Vaccination in Bombay 1869-1873 - 1869-1873
Year: 1869
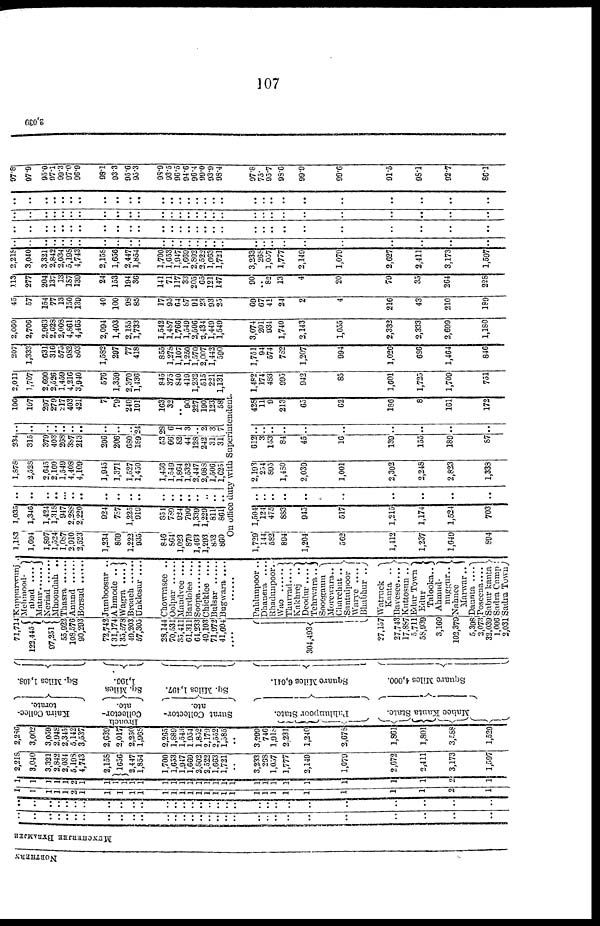
107
2,039
MUNCHERJEE BYRAMJEE
..
..
..
..
..
..
..
..
..
..
..
..
..
..
..
..
..
..
..
..
..
..
..
..
..
..
..
..
..
..
..
..
..
..
..
..
..
..
..
..
..
..
..
..
..
..
..
..
..
..
..
..
..
..
..
..
..
..
..
..
..
..
1
1
1
1
1
2
1
1
1 1
1
1
1
1
1
1
1
1
1
1
1
1
1
1
1
1
1
1
1
2
1
1
1
1
1
1
2
1
1
1
1
1
1
1
1
1
1
1
1
1
1
1
1
1
1
1
1
1
1
1
2
1
2,218
3,040
3,321
2,842
2,034
5,198
4,743
2,158
1656
2,447
1,854
1,700
1,653
1,947
1,669
2,802
2,522
l,663
1,721
..
3,233
268
1,057
1,777
2,149
1,079
2,672
2,411
3,173
1,597
2,286
3,002
3,059
2,948
2,345
5,142
3,537
2,639
2,017
2,250
1,968
2,265
1,889
1,543
1,954
1,852
2,179
2,552
1,585
..
3,299
746
1,918
2,231
1,240
2,678
1,861
1,801
3,588
1,529
Kaira Collec¬
torate.
Broach
Collector¬
ate.
Surat Collector¬
ate.
Pahlunpoor State.
State.
Kanta
Mahee
Sq. Miles 1,408.
Sq. Miles
1,100.
Sq. Miles 1,497.
Square Miles 6,041.
Square Miles 4,000.
71,714
122,445
97,251
55,922
108,576
90,293
72,742
31,174
35,578
49,203
57,305
28,144
70,531
35,411
61,311
64,233
49,103
71,972
41,604
....
304,493
27,157
27,743
17,887
5,711
58,939
3,109
102,379
5,398
2,073
32,039
1,006
2,031
Kuppurwunj .
Mehmood¬
abad ....
Matur
Neriad
Mhoondah ..
Thasra
Anund . . . . . .
Borsud
Jumboosur ..
Ahmode ..
Wagra ....
Broach
Unklesur ....
Chaowrasee ..
Oolpar
Mandvee ....
Bardolee ....
Soopa
Chicklee ....
Bulsar . . . . .
Bugwara ....
......
Pahlunpoor ..
Dhanera ....
Rhadunpoor. .
Wao...... Thurrad. . . .
Kakhrej
..
Deodur ....
Tehrwara..
Sooegaum
Morewara..
Charchut ..
Santulpoor
Warye ....
Bhabhur ..
Watruck
Kanta ..
Bavesee....
Kuttosun ..
Edur Town
Edur
Talooka..
Ahmud¬
nuggur..
Nahnee
Marwar..
Daunta ....
Poseena....
Sabur kanta
Sadra Camp
Sadra Town
1,183
1,694
1,897
1,524
1,087
2,910
2,523
1,234
869
1,222
935
846
864
1,023
879
1,463
1,293
852
860
1,035
1,346
1,424
1,318
947
2,288
2,220
924
787
1,225
919
854
789
924
790
1,339
1,229
811
861
..
..
..
..
..
..
..
..
..
..
..
..
..
..
..
..
..
..
..
1,878
2,528
2,645
2,160
1,549
4,408
4,109
1,945
1,371
1,527
1,450
1,456
1,549
1,864
1,532
2,447
2,088
1,506
1,625
234
315
379
403
268
387
213
206
206
680
189
53
66
82
44
128
242
31
31
..
..
..
..
..
..
..
..
..
.. 24
28
6
1
3
.. 2
3 7
106
197
297
279
217
403
421
7
79
240
191
163
32
.. 90
227
190
123
58
2,011
1,707
2,690
2,526
1,459
4,216
3,940
576
1,359
2,370
1,436
845
375
840
419
1,232
515
221
1,131
On office duty with Superintendent.
1,729
144
582
894
1,204
562
1,412
1,237
1,649
894
1,504
124
475
883
945
517
1,215
1,174
1,524
703
..
..
..
..
..
..
..
..
..
..
2,193
254
895
1,480
2,039
1,001
2,302
2,248
2,823
1,338
612
3
153
84
45
16
139
155
189
87
..
..
..
..
..
..
..
..
..
..
428
11
9
213
65
62
186
8
161
172
1,482
174
483
995
942
85
1,601
1,725
1,709
751
207
1,333
631
316
575
982
803
1,582
297
77
418
855
1,278
1,107
1,250
1,570
2,007
1,442
590
1,751
94
574
782
1,207
994
1,026
686
1,464
846
2,060
2,706
2,963
2,628
2,008
4,861
4,465
2,094
1,403
2,155
1,733
1,542
1,487
1,766
1,549
2,506
2,434
1,449
1,549
3,074
201
934
1,740
2,143
1,055
2,332
2,333
2,699
1,180
45
57
154
77
13
150
139
40
100
98
85
17
95
64
87
91
23
93
25
69
67
41
24
2
4
216
43
210
189
113
277
204
137
13
187
139
24
153
194
36
141
71
117
33
205
65
121
147
90
..
82
13
4
20
79
35
264
228
2,218
3,040
3,321
2,842
2,034
5,198
4,743
2,158
1,656
2,447
1,854
1,700
1,653
1,947
1,669
2,802
3,522
1,663
1,721
3,233
268
1,057
1,777
2,149
1,079
2,627
2,411
3,173
1,597
..
..
..
..
..
..
..
..
..
..
..
..
..
..
..
..
..
..
..
..
..
..
..
..
..
..
..
..
..
..
..
.. ..
..
..
..
..
..
..
..
..
..
..
..
..
..
..
..
..
..
..
..
..
..
..
..
..
..
..
..
..
..
..
..
..
..
..
..
..
..
..
..
..
..
..
..
..
..
..
..
..
..
..
..
..
..
..
. .
..
..
..
..
..
..
..
..
..
..
..
..
..
..
..
..
..
..
..
..
..
..
..
..
..
..
..
..
97.8
97.9
95.0
97.1
99.3
97.0
96.9
98.1
93.3
95.6
95.3
98.9
93.5
96.5
94.6
96.4
99.0
93.9
98.4
97.8
75
95.7
98.6
99.9
99.6
91.5
98.1
92.7
86.1
NORTHERN